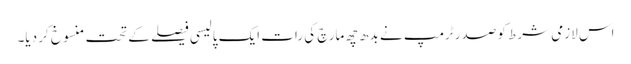
اس لازمی شرط کو صدر ٹرمپ نے بدھ چھ مارچ کی رات ایک پالیسی فیصلے کے تحت منسوخ کر دیا۔